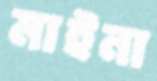
মাইনা